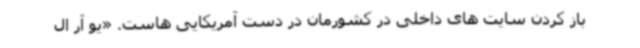
باز کردن سایت های داخلی در کشورمان در دست آمریکایی هاست. «یو آر ال